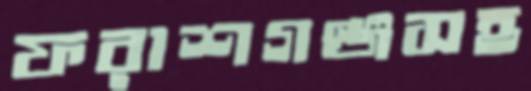
ফরাশগঞ্জসহ